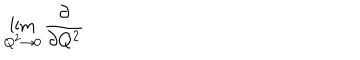
\lim _ { Q ^ { 2 } \to { 0 } } \frac { \partial } { \partial { Q ^ { 2 } } }